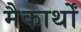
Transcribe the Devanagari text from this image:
मैकार्थों